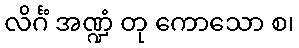
လိင်္ဂံ အဏ္ဍံ တု ကောသော စ၊